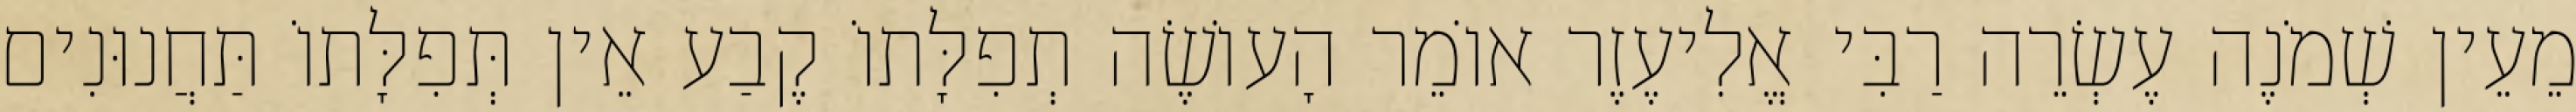
מֵעֵין שְׁמֹנֶה עֶשְׂרֵה רַבִּי אֱלִיעֶזֶר אוֹמֵר הָעוֹשֶׂה תְפִלָּתוֹ קֶבַע אֵין תְּפִלָּתוֹ תַּחֲנוּנִים